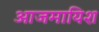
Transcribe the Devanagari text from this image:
आजमायिश